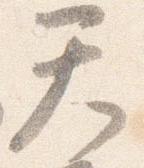
天